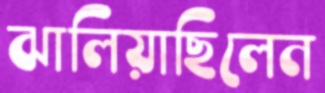
ঝালিয়াছিলেন